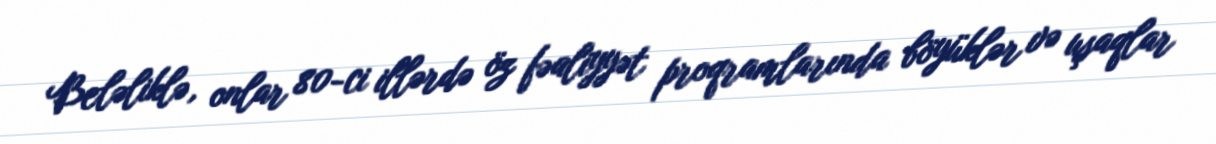
Beləliklə, onlar 80-ci illərdə öz fəaliyyət proqramlarında böyüklər və uşaqlar